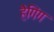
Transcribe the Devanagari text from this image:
हैगिंग